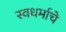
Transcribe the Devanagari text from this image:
स्वधर्माचे